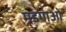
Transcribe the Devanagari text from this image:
मडगाओं